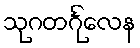
သုဂတင်္ဂုလေန